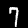
Digit: 7